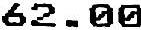
62.00